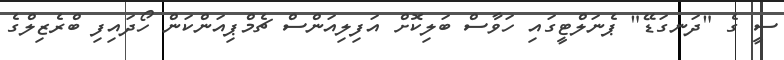
ސީ ގެ "ދަނގަޑޭ" ޕެނަލްޓީގައި ހަވާސް ބަލިކޮށް އަފިލިއަންސް ޗެމްޕިއަންކަން ހޯދައިފި ބްރެޒިލްގެ